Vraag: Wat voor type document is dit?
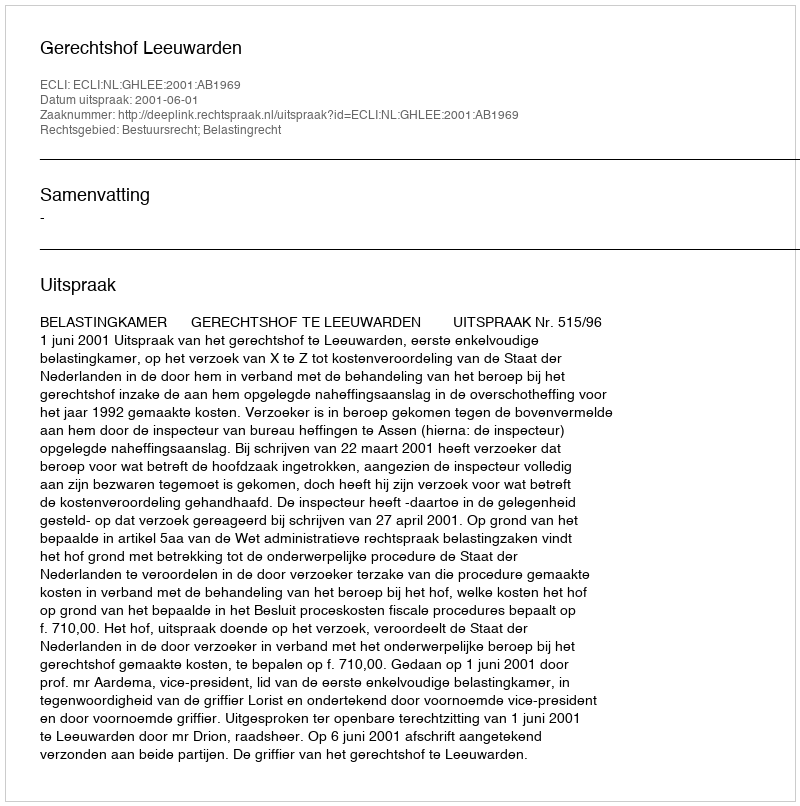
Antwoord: Uitspraak